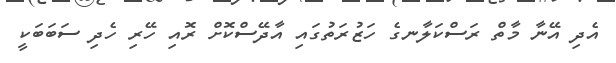
އެދި އޭނާ މާތް ރަސްކަލާނގެ ހަޒުރަތުގައި އާދޭސްކޮށް ރޮއި ހޭރި ހެދި ސަބަބަކީ